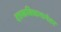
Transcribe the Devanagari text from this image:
दत्तकविधानानंतर